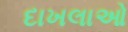
દાખલાઓ